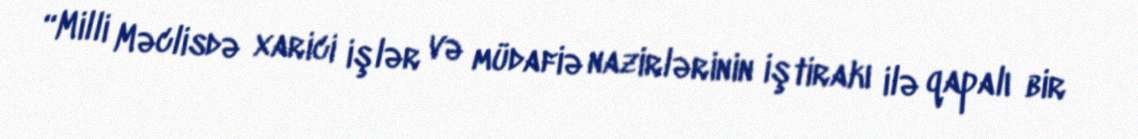
“Milli Məclisdə xarici işlər və müdafiə nazirlərinin iştirakı ilə qapalı bir